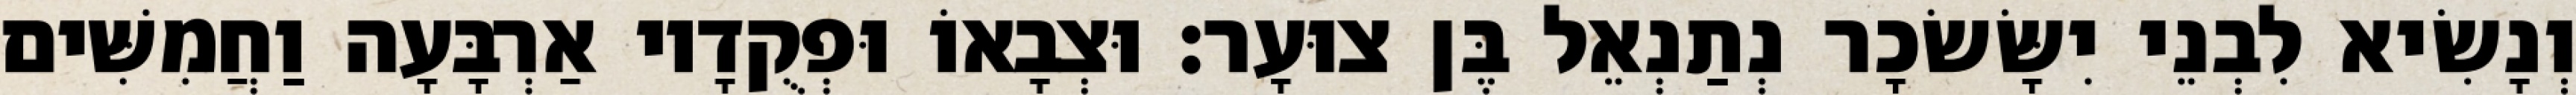
וְנָשִׂיא לִבְנֵי יִשָּׂשׂכָר נְתַנְאֵל בֶּן צוּעָר׃ וּצְבָאוֹ וּפְקֻדָיו אַרְבָּעָה וַחֲמִשִּׁים